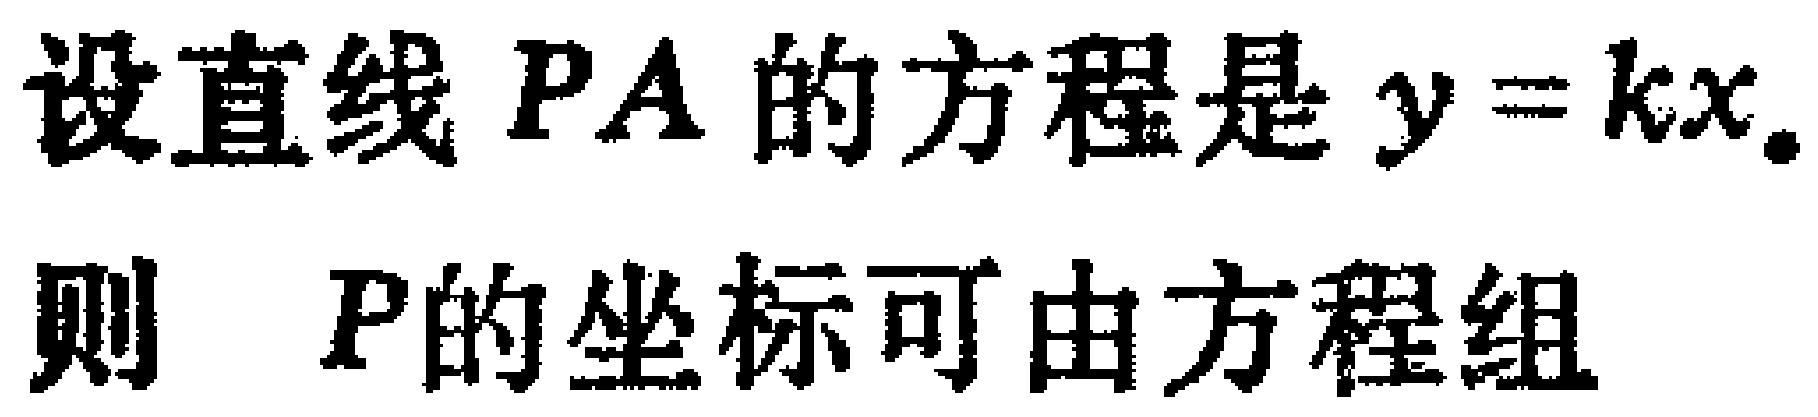
设直线 \(PA\) 的方程是 \(y = kx\).
则 \(P\) 的坐标可由方程组